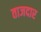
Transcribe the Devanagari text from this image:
ताजदार